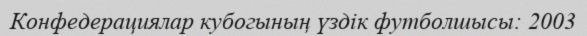
Конфедерациялар кубогының үздік футболшысы: 2003